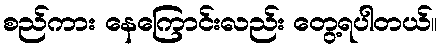
စည်ကား နေကြောင်းလည်း တွေ့ရပါတယ်။